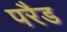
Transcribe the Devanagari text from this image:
परैड